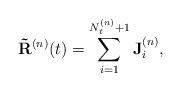
LaTeX: \begin{align*}\mathbf{\tilde{R}}^{(n)}(t)=\sum_{i=1}^{N^{(n)}_t+1}\mathbf{J}^{(n)}_i,\end{align*}